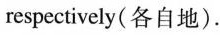
respectively(各自地).